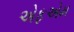
એફએમ